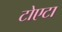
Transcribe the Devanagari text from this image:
टोएटा